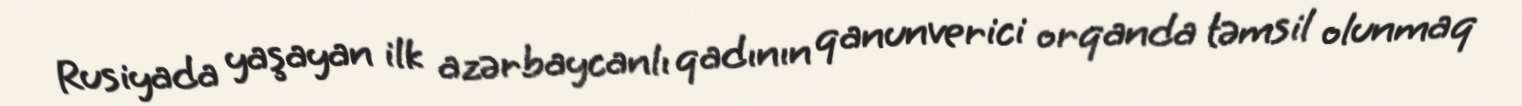
Rusiyada yaşayan ilk azərbaycanlı qadının qanunverici orqanda təmsil olunmaq